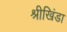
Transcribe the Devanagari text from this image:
श्रीखिंडा